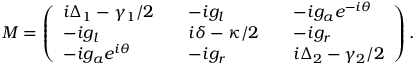
M = \left( \begin{array} { l l l l l } { i \Delta _ { 1 } - \gamma _ { 1 } / 2 } & { } & { - i g _ { l } } & { } & { - i g _ { a } e ^ { - i \theta } } \\ { - i g _ { l } } & { } & { i \delta - \kappa / 2 } & { } & { - i g _ { r } } \\ { - i g _ { a } e ^ { i \theta } } & { } & { - i g _ { r } } & { } & { i \Delta _ { 2 } - \gamma _ { 2 } / 2 } \end{array} \right) .